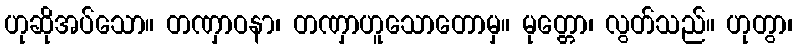
ဟုဆိုအပ်သော။ တဏှာဝနာ၊ တဏှာဟူသောတောမှ။ မုတ္တော၊ လွတ်သည်။ ဟုတွာ၊